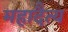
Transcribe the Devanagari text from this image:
महादैत्य